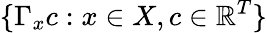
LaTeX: \{ \Gamma_{x}c:x\in X,c\in\mathbb{R}^{T}\}